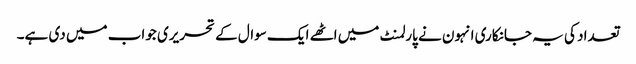
تعداد کی یہ جانکاری انہون نے پارلمنٹ میں اٹھے ایک سوال کے تحریری جواب میں دی ہے۔